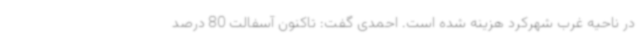
در ناحیه غرب شهرکرد هزینه شده است. احمدی گفت: تاکنون آسفالت 80 درصد